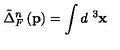
\tilde { \Delta } _ { F } ^ { n } \left( \mathbf { p } \right) = \int d ^ { \mathbf { \ } 3 } \mathbf { x }